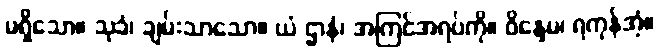
မရှိသော။ သုခံ၊ ချမ်းသာသော။ ယံ ဌာနံ၊ အကြင်အရပ်ကို။ ဝိန္ဒေမ၊ ရကုန်အံ့။